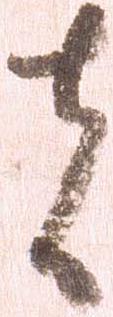
者